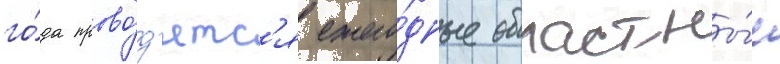
го́да прово́д'ятс'я ежего́дные областны́е